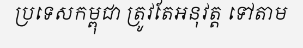
ប្រទេសកម្ពុជា ត្រូវតែអនុវត្ត ទៅតាម